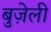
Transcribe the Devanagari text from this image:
बुज़ेली